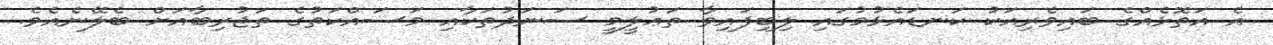
އެ އަތޮޅެއްގެ ބައިވެރިއަކު ކަނޑައެޅުމުގައި ލިބިފައިވާ ތަޢުލީމީ ސަނަދުތަކާއި މަސައްކަތުގެ ތަޖުރިބާއަށް ބެލޭނެއެވެ.